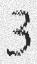
3